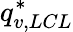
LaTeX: q_{v,LCL}^{*}